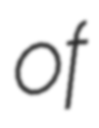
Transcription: of